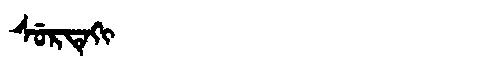
Manchu: ᠰᡠᡵᡨᡝᡴᡳ
Romanization: SURTEKI